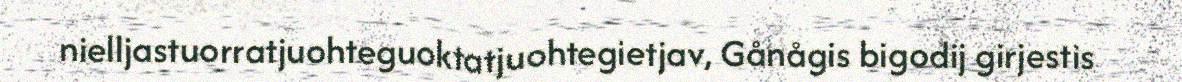
nielljastuorratjuohteguoktatjuohtegietjav, Gånågis bigodij girjestis